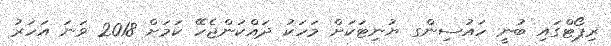
ރިޕޯޓްގައި ބުނީ ހައުސިންގ ޔުނިޓަކަށް މަހަކު ދައްކަންޖެހޭ ކަމަށް 2018 ވަނަ އަހަރު